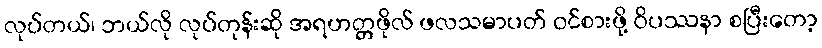
လုပ်တယ်၊ ဘယ်လို လုပ်တုန်းဆို အရဟတ္တဖိုလ် ဖလသမာပတ် ဝင်စားဖို့ ဝိပဿနာ စပြီးတော့